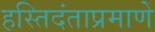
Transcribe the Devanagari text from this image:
हस्तिदंताप्रमाणे